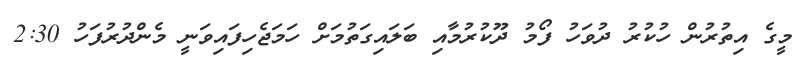
މީގެ އިތުރުން ހުކުރު ދުވަހު ފޯމު ދޫކުރުމާއި ބަލައިގަތުމަށް ހަމަޖެހިފައިވަނީ މެންދުރުފަހު 2:30